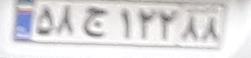
۵۸ج۱۲۲۸۸